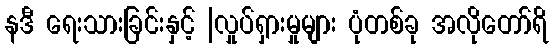
နဒီ ရေးသားခြင်းနှင့် |လှုပ်ရှားမှုများ ပုံတစ်ခု အလိုတော်ရိ